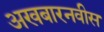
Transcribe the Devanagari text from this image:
अखबारनवीस